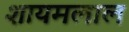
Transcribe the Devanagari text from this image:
शायमलाल